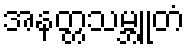
အနတ္တသမ္ဘူတံ